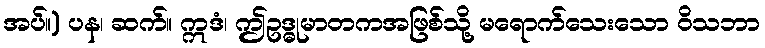
အပ်။) ပန၊ ဆက်။ ဣဒံ၊ ဤဥဒ္ဓုမာတကအဖြစ်သို့ မရောက်သေးသော ဝိသဘာ